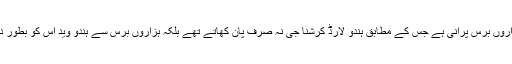
کہتے ہیں کہ پان کی تاریخ ہزاروں برس پرانی ہے جس کے مطابق ہندو لارڈ کرشنا جی نہ صرف پان کھاتے تھے بلکہ ہزاروں برس سے ہندو وید اس کو بطور دوا بھی استعمال کرواتے تھے۔